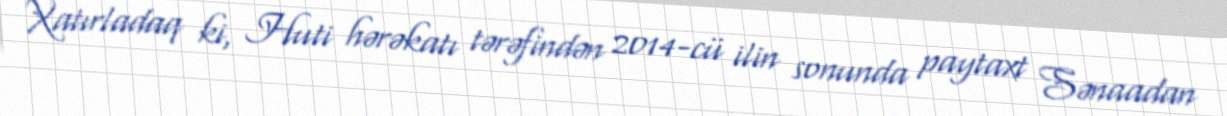
Xatırladaq ki, Huti hərəkatı tərəfindən 2014-cü ilin sonunda paytaxt Sənaadan